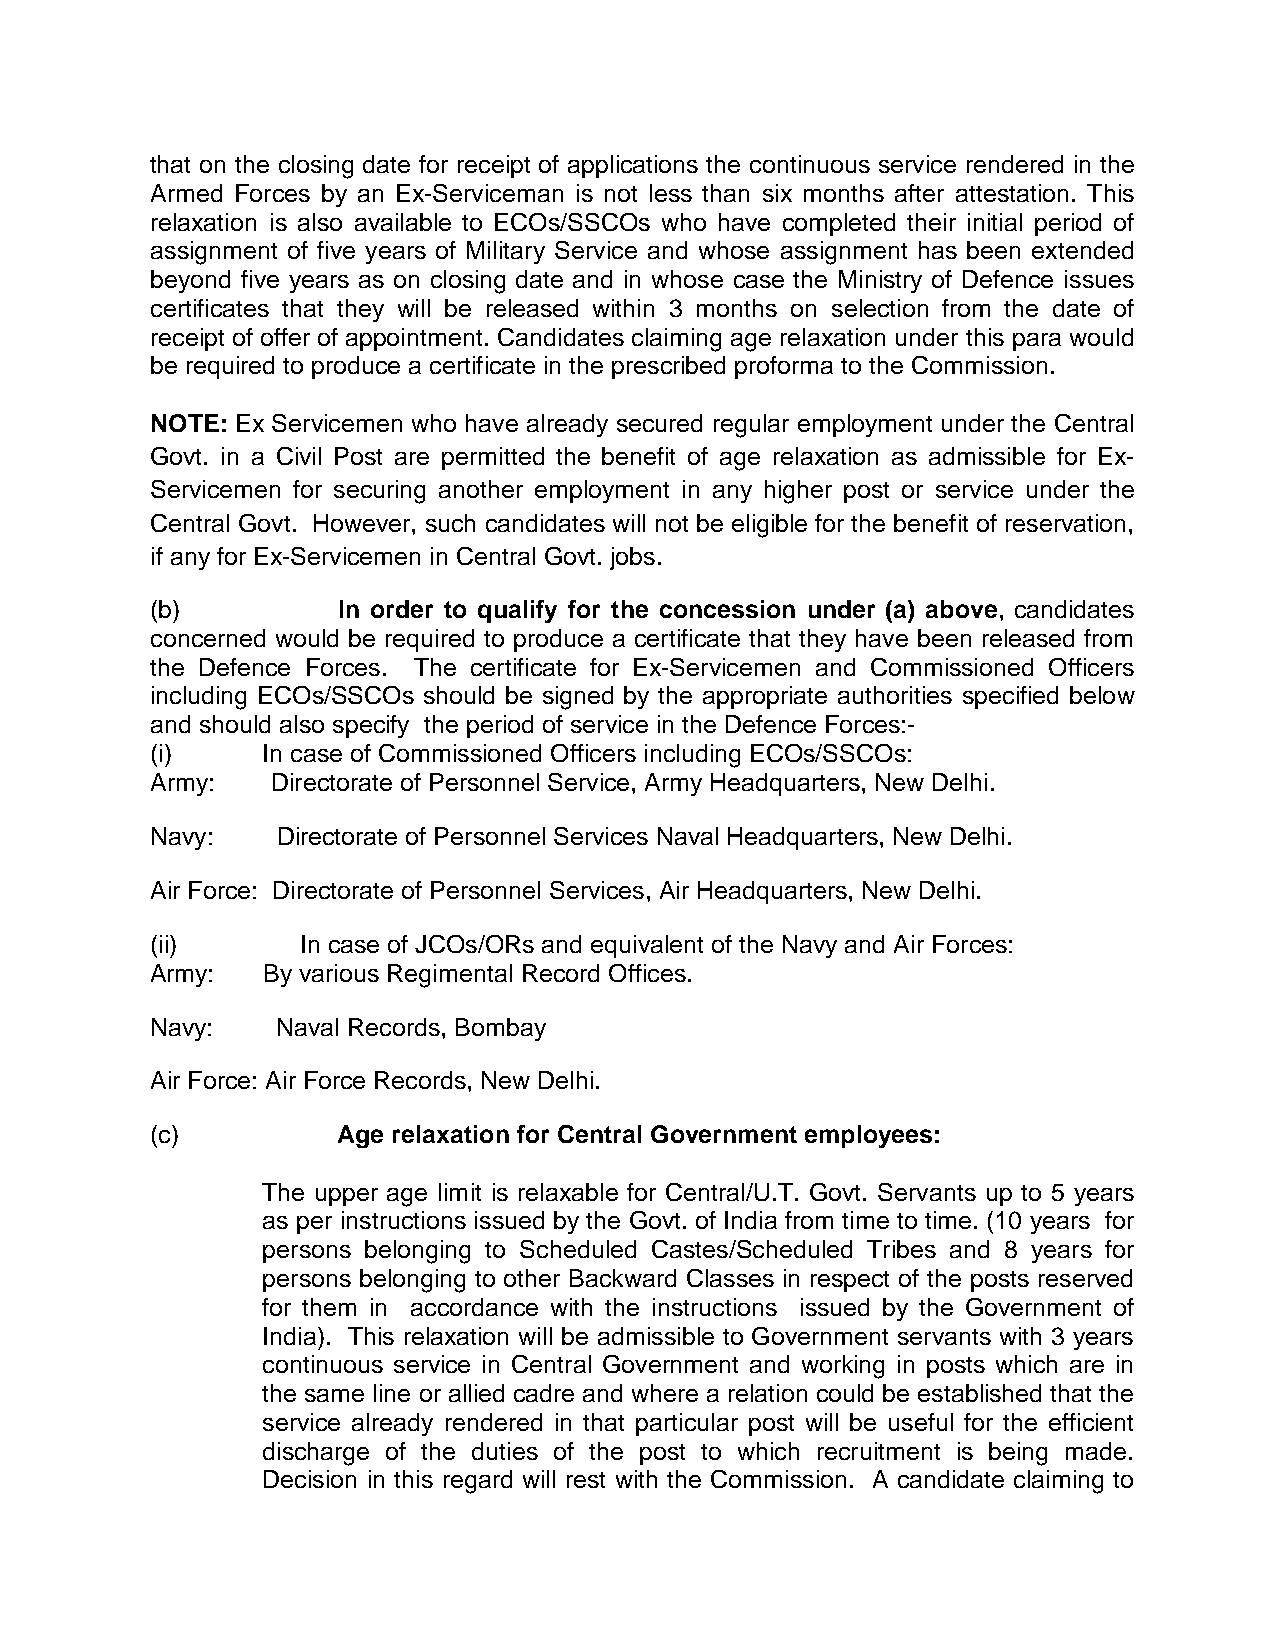
that on the closing date for receipt of applications the continuous service rendered in the
 Armed Forces by an Ex-Serviceman is not less than six months after attestation. This
 relaxation is also available to ECOs/SSCOs who have completed their initial period of
 assignment of five years of Military Service and whose assignment has been extended
 beyond five years as on closing date and in whose case the Ministry of Defence issues
 certificates that they will be released within 3 months on selection from the date of
 receipt of offer of appointment. Candidates claiming age relaxation under this para would
 be required to produce a certificate in the prescribed proforma to the Commission.
 NOTE: Ex Servicemen who have already secured regular employment under the Central
 Govt. in a Civil Post are permitted the benefit of age relaxation as admissible for Ex-
 Servicemen for securing another employment in any higher post or service under the
 Central Govt. However, such candidates will not be eligible for the benefit of reservation,
 if any for Ex-Servicemen in Central Govt. jobs.
 (b)         In order to qualify for the concession under (a) above, candidates
 concerned would be required to produce a certificate that they have been released from
 the Defence Forces. The certificate for Ex-Servicemen and Commissioned Officers
 including ECOs/SSCOs should be signed by the appropriate authorities specified below
 and should also specify the period of service in the Defence Forces:-
 (i)    In case of Commissioned Officers including ECOs/SSCOs:
 Army:   Directorate of Personnel Service, Army Headquarters, New Delhi.
 Navy:   Directorate of Personnel Services Naval Headquarters, New Delhi.
 Air Force: Directorate of Personnel Services, Air Headquarters, New Delhi.
 (ii)      In case of JCOs/ORs and equivalent of the Navy and Air Forces:
 Army:  By various Regimental Record Offices.
 Navy:   Naval Records, Bombay
 Air Force: Air Force Records, New Delhi.
 (c)         Age relaxation for Central Government employees:
 The upper age limit is relaxable for Central/U.T. Govt. Servants up to 5 years
 as per instructions issued by the Govt. of India from time to time. (10 years for
 persons belonging to Scheduled Castes/Scheduled Tribes and 8 years for
 persons belonging to other Backward Classes in respect of the posts reserved
 for them in accordance with the instructions issued by the Government of
 India). This relaxation will be admissible to Government servants with 3 years
 continuous service in Central Government and working in posts which are in
 the same line or allied cadre and where a relation could be established that the
 service already rendered in that particular post will be useful for the efficient
 discharge of the duties of the post to which recruitment is being made.
 Decision in this regard will rest with the Commission. A candidate claiming to